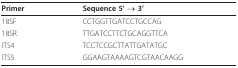
<table><thead><tr><td><b>Primer</b></td><td><b>Sequence 5&#x27; → 3&#x27;</b></td></tr></thead><tbody><tr><td>18SF</td><td>CCTGGTTGATCCTGCCAG</td></tr><tr><td>18SR</td><td>TTGATCCTTCTGCAGGTTCA</td></tr><tr><td>ITS4</td><td>TCCTCCGCTTATTGATATGC</td></tr><tr><td>ITS5</td><td>GGAAGTAAAAGTCGTAACAAGG</td></tr></tbody></table>